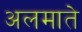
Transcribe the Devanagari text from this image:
अलमाते